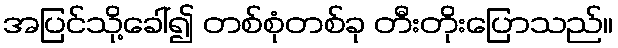
အပြင်သို့ခေါ်၍ တစ်စုံတစ်ခု တီးတိုးပြောသည်။